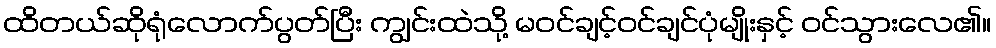
ထိတယ်ဆိုရုံလောက်ပွတ်ပြီး ကျွင်းထဲသို့ မဝင်ချင့်ဝင်ချင်ပုံမျိုးနှင့် ဝင်သွားလေ၏။